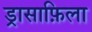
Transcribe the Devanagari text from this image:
ड्रासाफ़िला